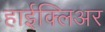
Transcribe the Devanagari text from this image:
हाईक्लिअर